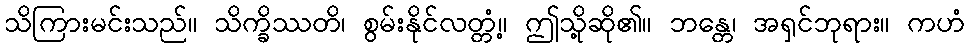
သိကြားမင်းသည်။ သိက္ခိဿတိ၊ စွမ်းနိုင်လတ္တံ့။ ဤသို့ဆို၏။ ဘန္တေ၊ အရှင်ဘုရား။ ကဟံ